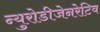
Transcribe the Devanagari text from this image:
न्युरोडीजेनरेटिव